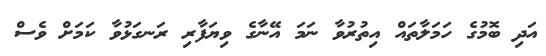
އަދި ބޮމުގެ ހަމަލާތައް އިތުރުވާ ނަމަ އޭނާގެ ވިޔަފާރި ރަނގަޅުވާ ކަމަށް ވެސް